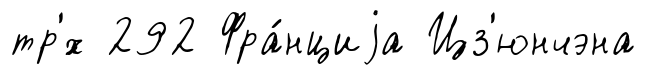
тр'́х 292 Фра́нциjа Цз'юнчэна